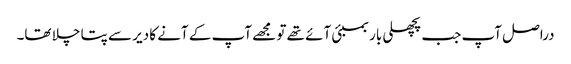
دراصل آپ جب پچھلی بار بمبئی آئے تھے تو مجھے آپ کے آنے کا دیر سے پتا چلا تھا۔